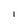
Character: I